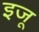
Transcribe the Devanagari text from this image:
इजू